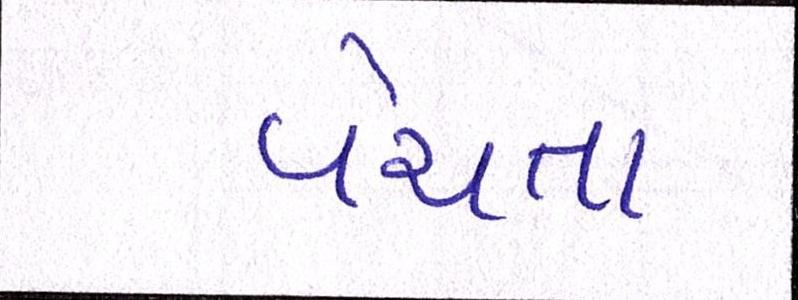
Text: વેચતા